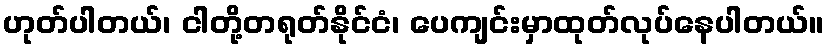
ဟုတ်ပါတယ်၊ ငါတို့တရုတ်နိုင်ငံ၊ ပေကျင်းမှာထုတ်လုပ်နေပါတယ်။